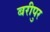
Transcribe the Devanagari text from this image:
बरीपुर